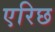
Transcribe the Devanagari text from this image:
एरिछ